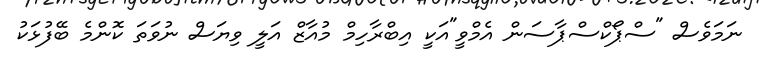
ނަމަވެސް "ސްޕޯކްސްޕާސަން އެމްވީ"އަކީ އިބްރާހިމް މުއާޒް އަލީ ވިޔަސް ނުވަތަ ކޮންމެ ބޭފުޅަކު